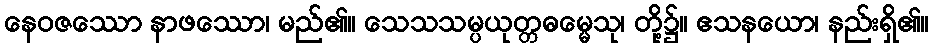
နေဝဇဿော နာဖဿော၊ မည်၏။ သေသသမ္ပယုတ္တဓမ္မေသု၊ တို့၌။ ဧသနယော၊ နည်းရှိ၏။